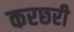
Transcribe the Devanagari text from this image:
करछरी